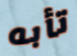
تأبه